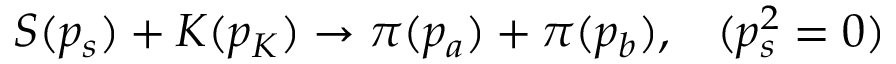
S ( p _ { s } ) + K ( p _ { K } ) \rightarrow \pi ( p _ { a } ) + \pi ( p _ { b } ) , \; \; \; ( p _ { s } ^ { 2 } = 0 )